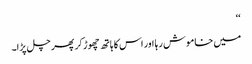
‘‘
میں خاموش رہا اور اس کا ہاتھ چھوڑ کر پھر چل پڑا۔